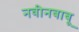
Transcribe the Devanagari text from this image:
नवीनबाबू